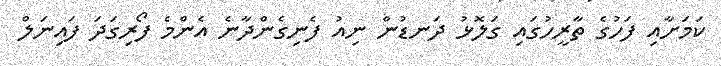
ކަމަށާއި ފަހުގެ ތާރީހުގައި ގަލޮޅު ދަނޑުން ނިއު ފެނިގެންދާނެ އެންމެ ފޯރިގަދަ ފައިނަލް